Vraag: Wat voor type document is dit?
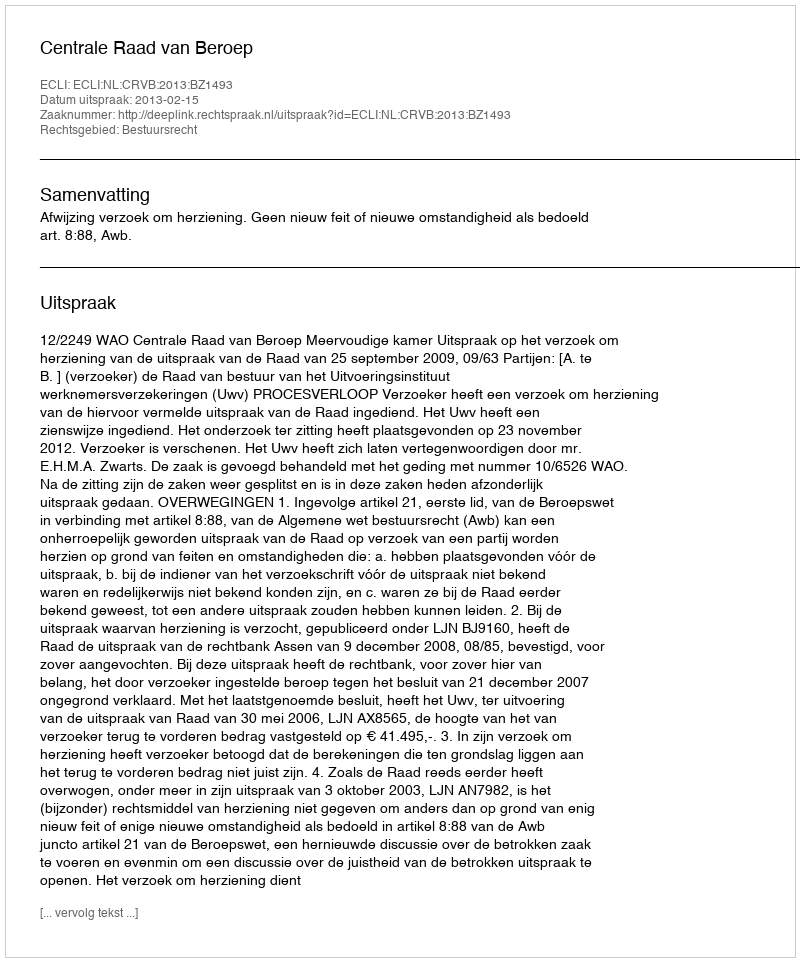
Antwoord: Uitspraak